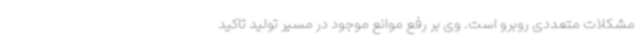
مشکلات متعددی روبرو است. وی بر رفع موانع موجود در مسیر تولید تاکید